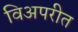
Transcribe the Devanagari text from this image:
विअपरीत